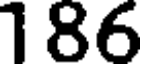
186